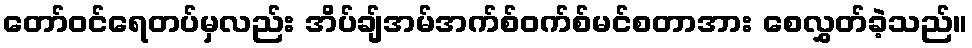
တော်ဝင်ရေတပ်မှလည်း အိပ်ချ်အမ်အက်စ်ဝက်စ်မင်စတာအား စေလွှတ်ခဲ့သည်။